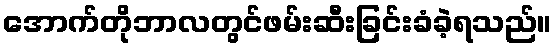
အောက်တိုဘာလတွင်ဖမ်းဆီးခြင်းခံခဲ့ရသည်။